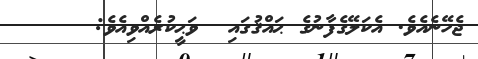
ޖެހޭނެއެވެ. އެކަލޭގެފާނުގެ ޙައްޤުގައި  ވަޙީކުރެއްވިއެވެ:     ٣